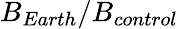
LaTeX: B_{Earth}/B_{control}